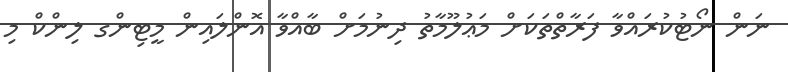
ނަން ނޯޓުކުރައްވާ ފަރާތްތަކަށް މަޢުލޫމާތު ދިނުމަށް ބާއްވާ އޮންލައިން މީޓިންގ ލިންކް މި